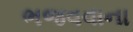
ભજવવાના